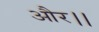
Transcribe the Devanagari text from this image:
और।।